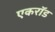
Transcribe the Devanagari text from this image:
एकरॉड